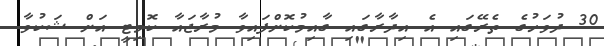
30 ދުވަހުގެ ތެރޭގައި އެ އިދާރާގައި ގާއިމުކޮށްފައިވާ މުރާޖައާ ކޮމިޓީ އަށް ޝަކުވާ